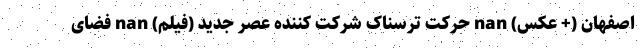
اصفهان (+ عکس) nan حرکت ترسناک شرکت کننده عصر جدید (فیلم) nan فضای